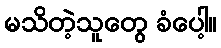
မသိတဲ့သူတွေ ခံပေါ့။